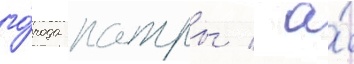
го́рода патры / а́